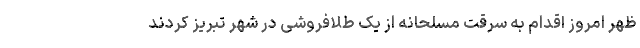
ظهر امروز اقدام به سرقت مسلحانه از یک طلافروشی در شهر تبریز کردند